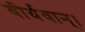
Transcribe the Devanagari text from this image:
वीर्यवान्।